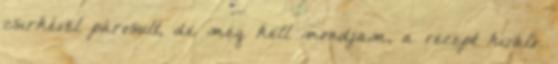
csirkével párosult, de meg kell mondjam, a recept kiváló.